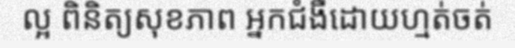
ល្អ ពិនិត្យសុខភាព អ្នកជំងឺដោយហ្មត់ចត់